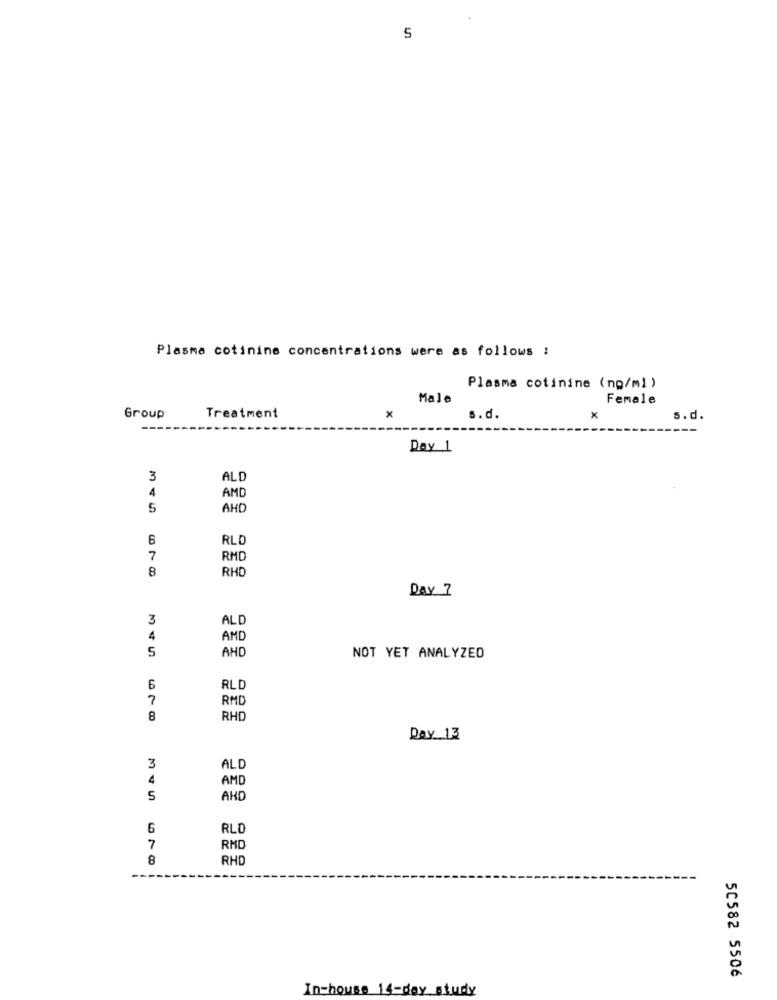
5
Plasma cotinine concentrations were as follows :
Plasma cotinine (ng/ml )
Male
Female
Group
Treatment
x
s.d.
s.d.
Day 1
3
ALD
4
AMD
5
AHD
6
RLD
7
RMC
8
RHD
Day 7
3
ALD
4
AMD
5
AHD
NOT YET ANALYZED
6
RLD
7
RMD
8
RHD
Day 13
3
ALD
4
AMD
5
AHO
6
RLO
7
RMD
8
RHD
50582 5506
In-house 14-day study